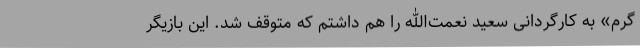
گرم» به کارگردانی سعید نعمت‌الله را هم داشتم که متوقف شد. این بازیگر